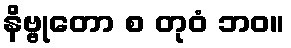
နိဗ္ဗုတော စ တုဝံ ဘဝ။